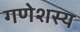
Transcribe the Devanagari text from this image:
गणेशस्य